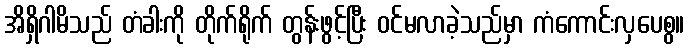
အိရှိဂါမိသည် တံခါးကို တိုက်ရိုက် တွန်းဖွင့်ပြီး ဝင်မလာခဲ့သည်မှာ ကံကောင်းလှပေစွ။